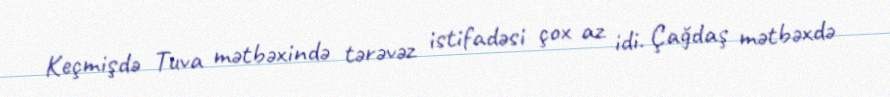
Keçmişdə Tuva mətbəxində tərəvəz istifadəsi çox az idi. Çağdaş mətbəxdə